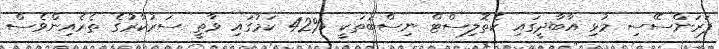
ފަރަންސޭސި މުޅި އާބާދީގައި ކެތޮލިސްޓް ނިސްބަތަކީ %42 ކަމުގައި ވާތީ ސަރުކާރުގެ ތެރެއިންވެސް